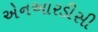
એનઆરડીસી